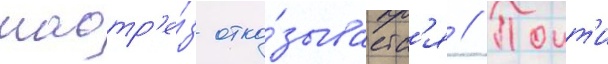
наотр'е́з отка́зываетс'я // Поит'и